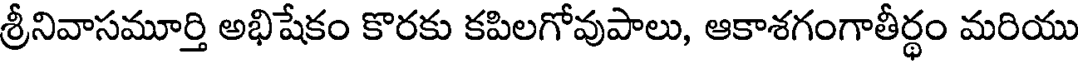
శ్రీనివాసమూర్తి అభిషేకం కొరకు కపిలగోవుపాలు, ఆకాశగంగాతీర్థం మరియు